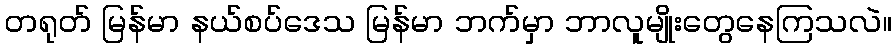
တရုတ် မြန်မာ နယ်စပ်ဒေသ မြန်မာ ဘက်မှာ ဘာလူမျိုးတွေနေကြသလဲ။